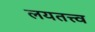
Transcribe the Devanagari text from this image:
लयतत्त्व